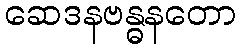
ဆေဒနဗန္ဓနတော